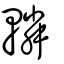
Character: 轔